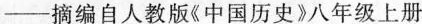
——摘编自人教版《中国历史》八年级上册